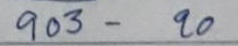
903 - 20